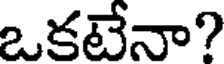
ఒకటేనా?